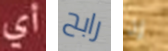
أي رابح إن